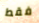
فقط